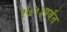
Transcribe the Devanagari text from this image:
१७५३पर्यंत